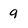
Character: 9